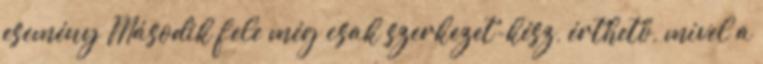
esemény Második fele még csak szerkezet-kész, érthető, mivel a